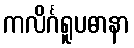
ကလိင်္ဂရူပဓာနာ